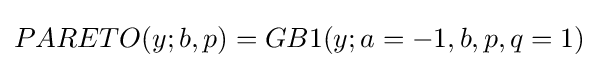
PARETO(y;b,p)=GB1(y;a=-1,b,p,q=1)